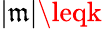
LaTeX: |\mathfrak{m}|\leqk